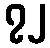
၇၂